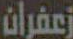
زعفران